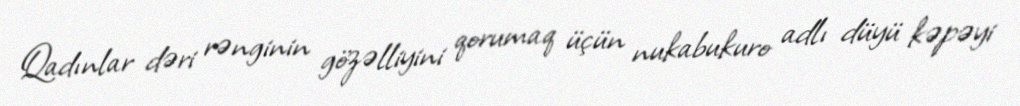
Qadınlar dəri rənginin gözəlliyini qorumaq üçün nukabukuro adlı düyü kəpəyi